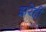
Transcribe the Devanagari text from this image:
झरेही